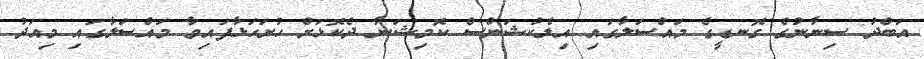
އަބްދު ސިނާނުގެ ގޮނޑީގެ މައްސަލާގައި އިލެކްޝަންސް ކޮމިޝަނާ ދެކޮޅަށް ހުށަހަޅާފައިވާ މައްސަލާގައި މިއަދު